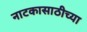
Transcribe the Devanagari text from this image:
नाटकासाठीच्या